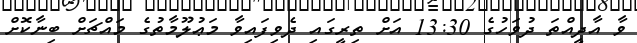
ވާ އާދީއްތަ ދުވަހުގެ 13:30 އަށް ތިރީގައި ދެވިފައިވާ މަޢުލޫމާތުގެ މައްޗަށް ބިނާކޮށް